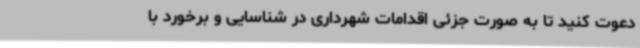
دعوت کنید تا به صورت جزئی اقدامات شهرداری در شناسایی و برخورد با